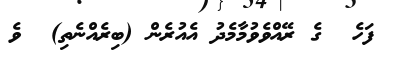
ފަހެ  ގެ ރޭއްވެވުމާމެދު އެއުރެން (ބިރެއްނެތި)  ވެ